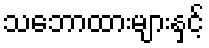
သဘောထားများနှင့်